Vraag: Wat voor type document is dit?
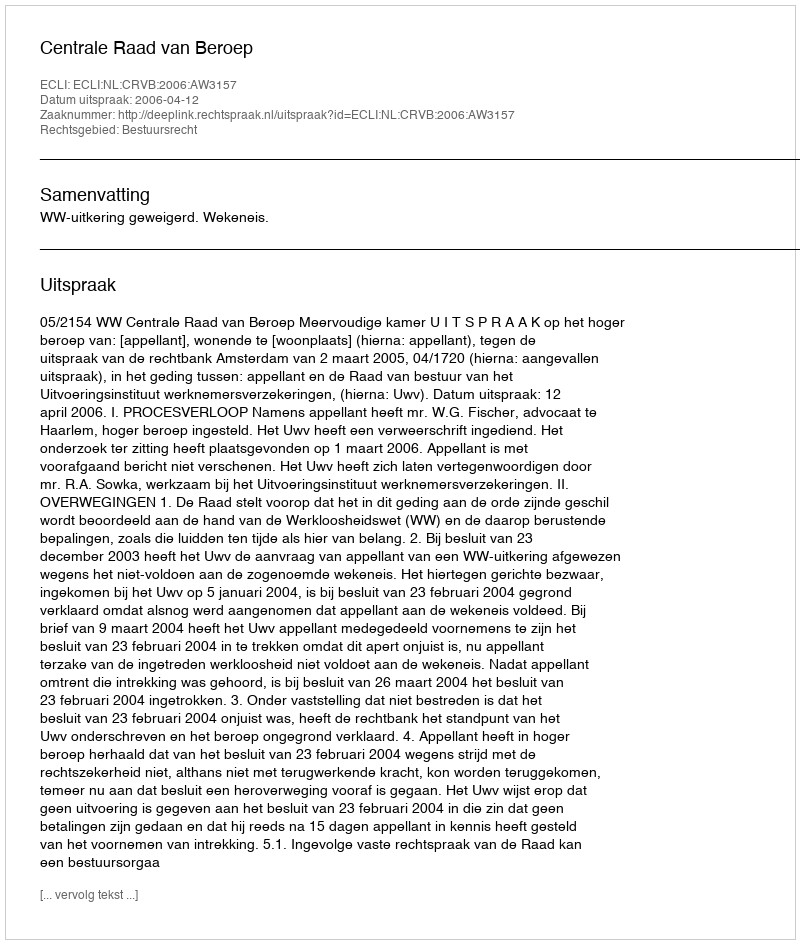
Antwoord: Uitspraak